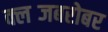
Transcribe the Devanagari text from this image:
क्लब्जबरोबर